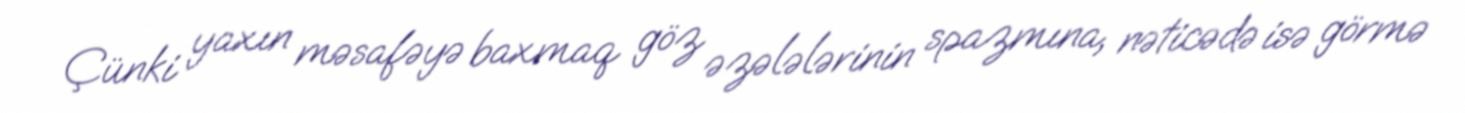
Çünki yaxın məsafəyə baxmaq göz əzələlərinin spazmına, nəticədə isə görmə